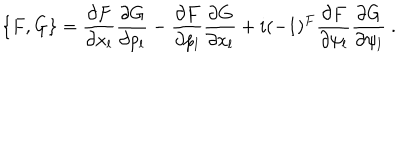
LaTeX: \{ F , G \} = \frac { \partial F } { \partial x _ { l } } \frac { \partial G } { \partial p _ { l } } - \frac { \partial F } { \partial p _ { l } } \frac { \partial G } { \partial x _ { l } } + i ( - 1 ) ^ { F } \frac { \partial F } { \partial \psi _ { l } } \frac { \partial G } { \partial \psi _ { l } } \ .